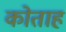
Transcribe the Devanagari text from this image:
कोताह